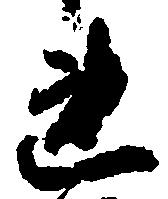
連